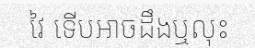
វៃ ទើបអាចដឹងឬលុះ